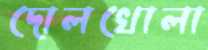
দোলখোলা